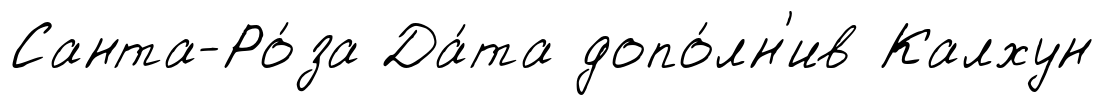
Санта-Ро́за Да́та допо́лн'ив Калхун